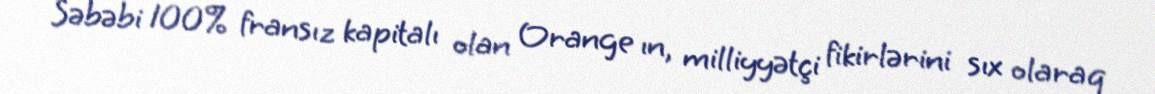
Səbəbi 100% fransız kapitalı olan Orange ın, milliyyətçi fikirlərini sıx olaraq